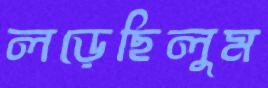
লড়েছিলুম